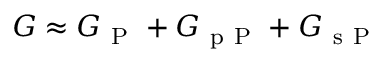
G \approx G _ { \mathrm { ~ P ~ } } + G _ { \mathrm { ~ p ~ P ~ } } + G _ { \mathrm { ~ s ~ P ~ } }